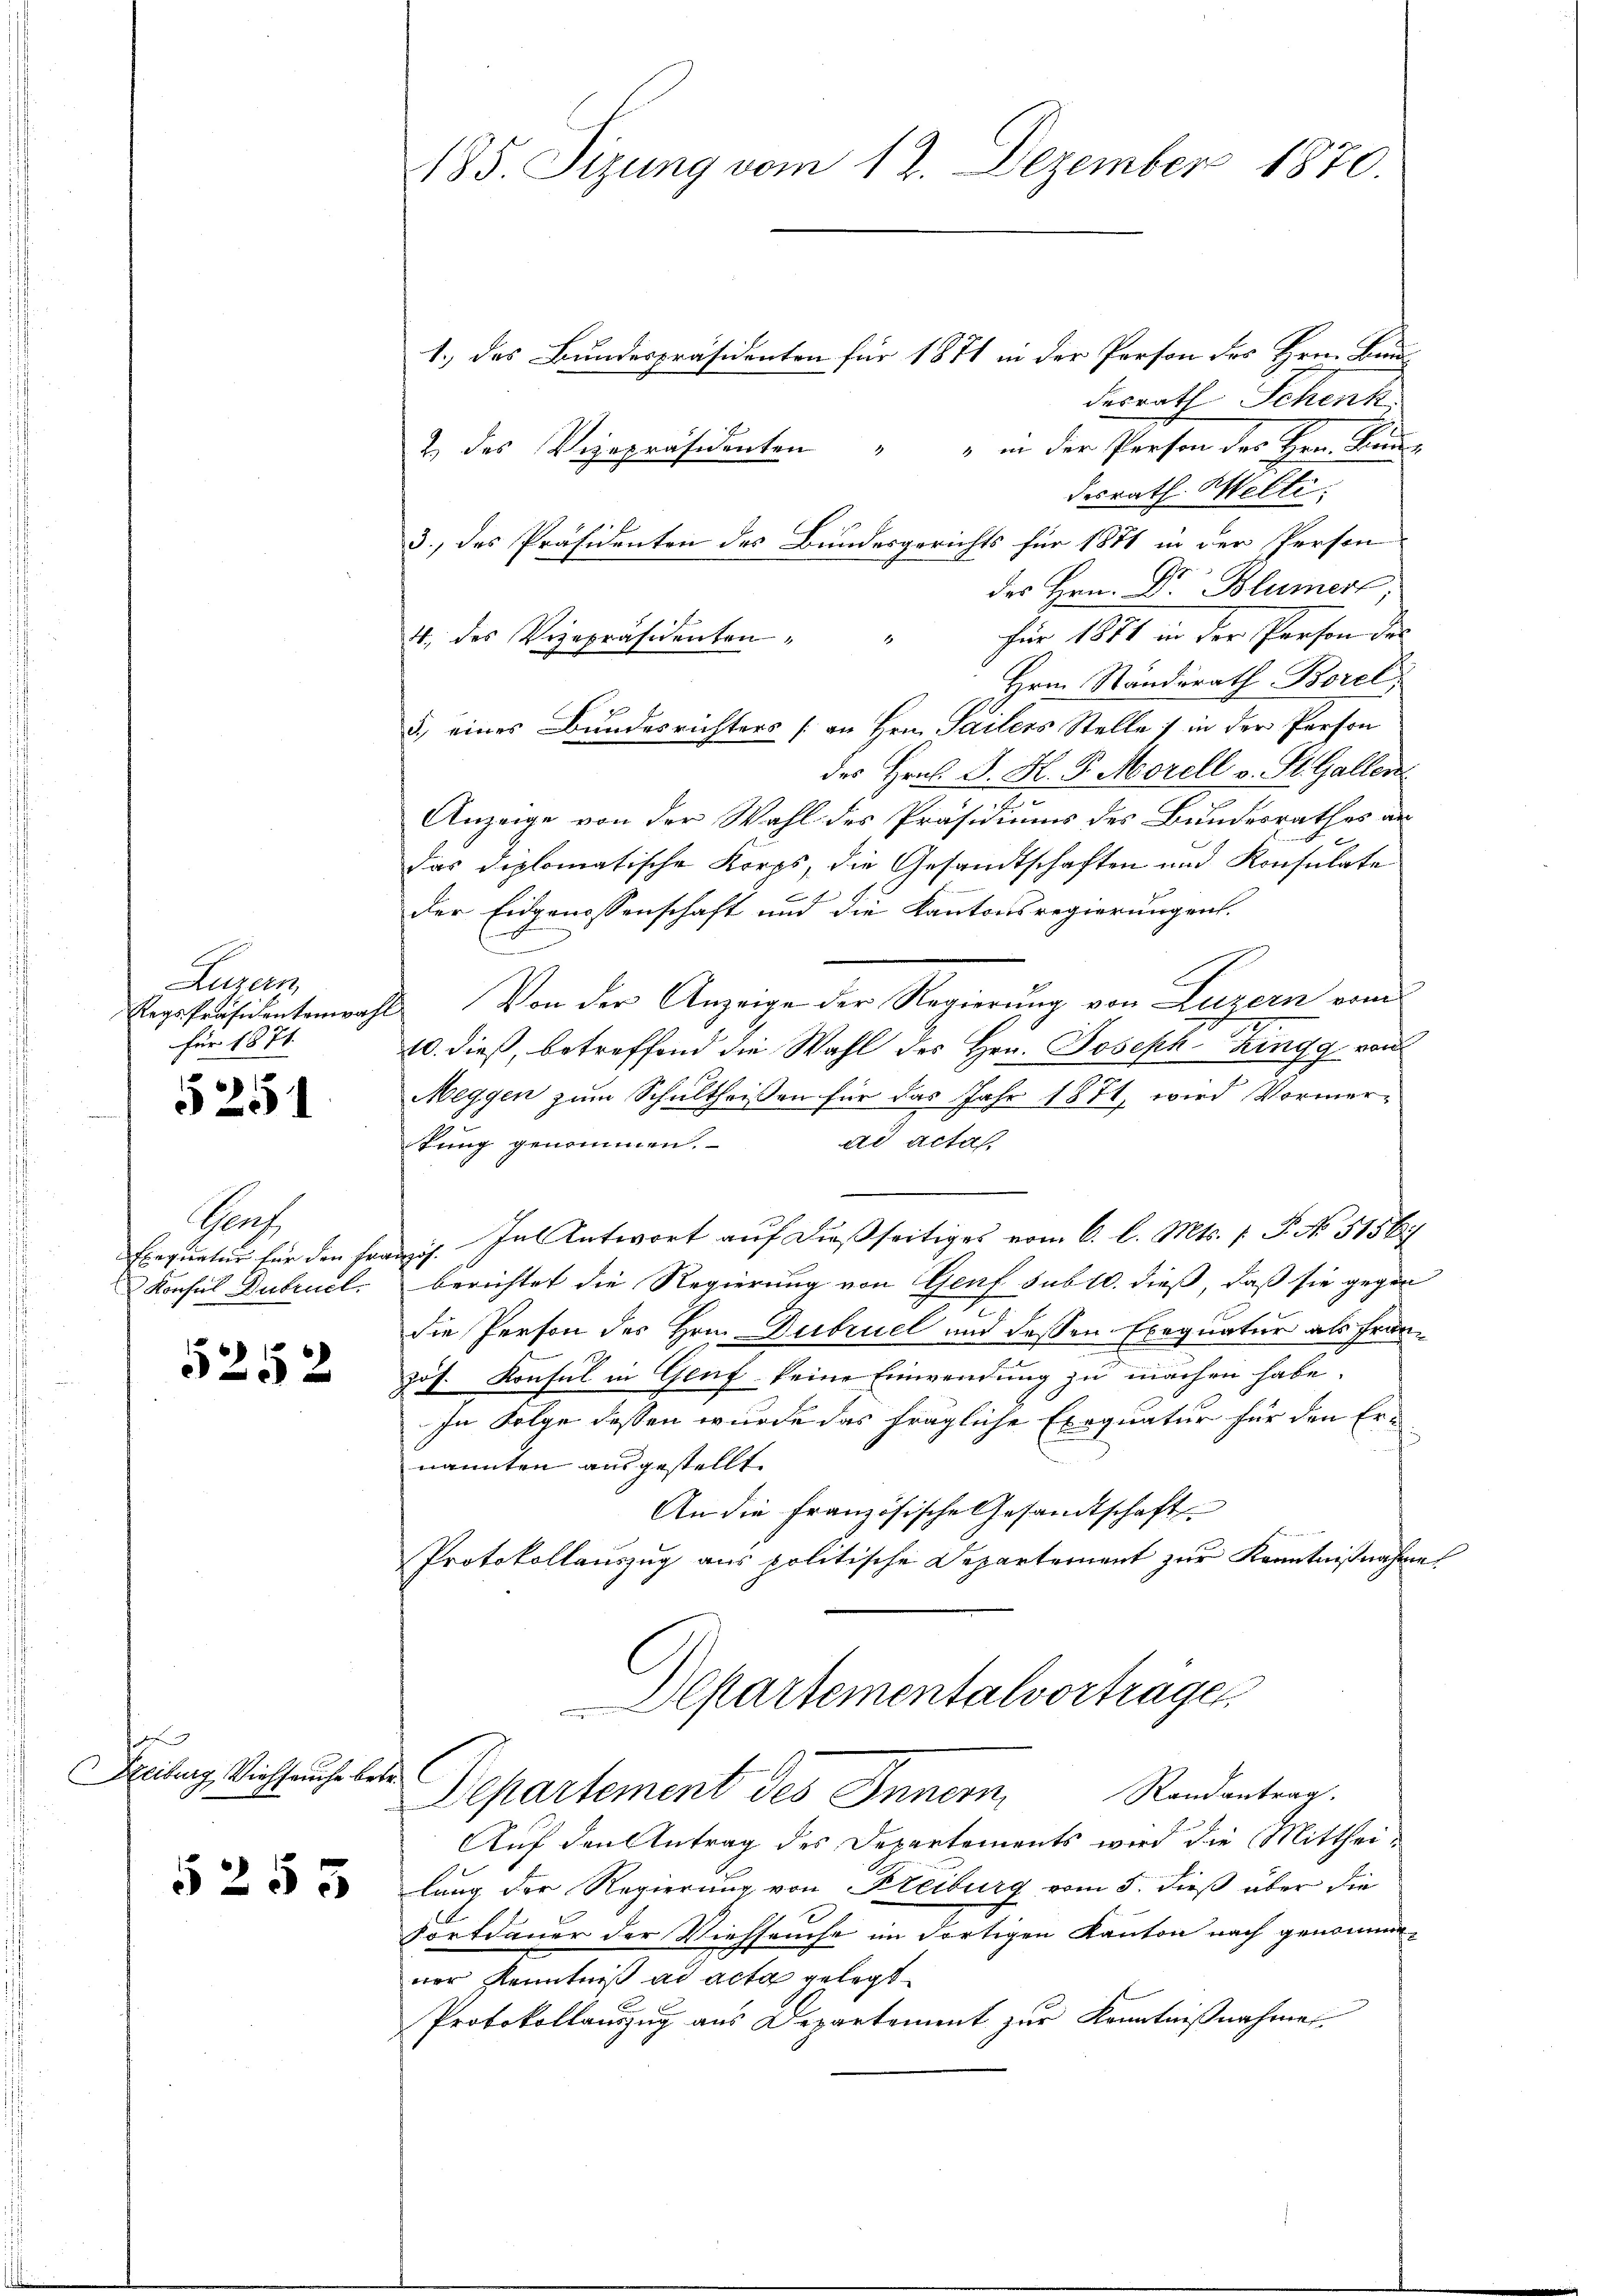
Luzern,
Regs-Präsidentena
für 1871.

5251

Prach
Exequatur für den Französ.
Konsul Dubruck.

5252

Freiburg Viehseuche betr.

5253

185. Sizung vom 12. Dezember 1870.

1.) des Bundespräsidenten für 1871 in der Person des Hrrn. Bau
desrath Schenk
2 des Vizepräsidenten " " in der Person der Hrn. Bei-
desrath Welti.
des Hern. Dr Blümer
für 1840 in der Prosen der
Hrn. Standerath Borel
5.) eines Bundesrichters [an Hrn. Sailers Stelle) in der Person
des Hrn. J. H. P. Morell v. St. Gallen
Anzeige von der Wahl des Präsidiums des Bundesrathes an
2
das diplomatische Korps, die Gesandtschaften und Konsulate
Der Eidgenossenschaft und die Kantonsregierungen.
 Von der Anzeige der Regierung von Luzern von
10. dieß, betreffend die Wahl des Hrn. Joseph Ringg von
Meggen zum Schultheißen für das Jahr 1871, wird Vormerad actas
tung genommen.
Inl Antwort auf dießseitiges vom 6. l. Mts. 1. P. No 5156
berichtet die Regierung von Genf sub 10. dieß, daß sie gegen
Exequatur als Frandie Person des Hrn. Dubruel und deßen
Jos. Konsul in Genf keine Einwendung zu machen habe.
In Folge dessen wurde das fragliche Exequatur für den Ernannten ausgestellt
An die französische Gesandtschaft
Protokollauszug aus politische Departernant zur Kenntnißnahme
Departementalvortragen
Randantrag.
Departement des Inner,
Auf den Antrag des Departements wird die Mittheilung der Regierung von Freiburg vom 5. dieß über die
Fortdauer der Viehseuche im dortigen Kanton nach genommener Kenntniß ad acta gelegt
Protokollauszug aus Departement zur Kenntnißnahmes

3., das Präsidenten des Bundesgerichts für 1871 in der Person
4. des Vizepräsidenten